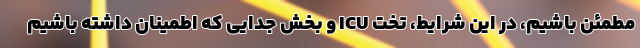
مطمئن باشیم، در این شرایط، تخت ICU و بخش جدایی که اطمینان داشته باشیم